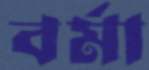
বর্মা